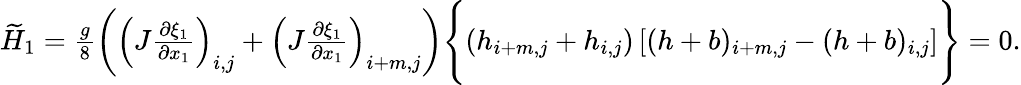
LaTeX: \begin{array}{r}{\widetilde{H}_{1}=\frac{g}{8}\left(\left(J\frac{\partial\xi_{1}}{\partial x_{1}}\right)_{i,j}+\left(J\frac{\partial\xi_{1}}{\partial x_{1}}\right)_{i+m,j}\right)\Bigg\{ (h_{i+m,j}+h_{i,j})\left[(h+b)_{i+m,j}-(h+b)_{i,j}\right]\Bigg\} =0.}\end{array}